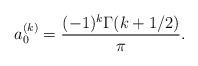
LaTeX: \begin{align*}a_0^{(k)} = \frac{(-1)^k \Gamma(k + 1/2)}{\pi}.\end{align*}